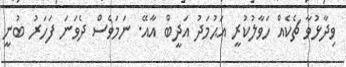
ވިދާޅުވާ ޗެކެއް ހަވާލުކުރީ އަޙުމަދު އަދީބް އާއޭ. ނަމަވެސް ދެވަނަ ފަހަރު ބުނީ